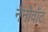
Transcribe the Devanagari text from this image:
नैनोवॉट